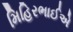
મિહિરભાઈએ